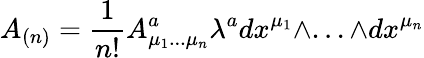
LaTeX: A_{(n)}={\frac{1}{n!}}A_{\mu_{1}...\mu_{n}}^{a}\lambda^{a}dx^{\mu_{1}}\wedge...\wedge dx^{\mu_{n}}